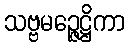
သဗ္ဗမဉ္ဇေဋ္ဌိကာ